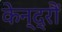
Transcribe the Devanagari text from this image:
केन्द्रौं